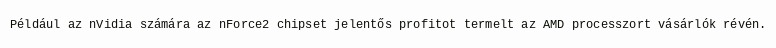
Például az nVidia számára az nForce2 chipset jelentős profitot termelt az AMD processzort vásárlók révén.